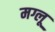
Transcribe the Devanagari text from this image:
मग्लू